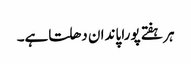
ہر ہفتے پورا پاندان دھلتاہے۔